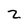
Character: 2